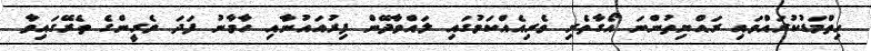
ހިތްމަޑުކުރައްވައި ރައްޔިތުންނަ އޯގާތެރި ވެރިއެއްކަމުގައި ލައްވާދޭން ފިރުއައުނާއި ހާމާނު ފަދަ ވެރީންގެ ތެރޭގައިވާ